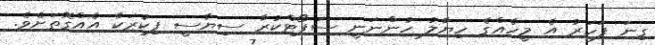
ގިނަ ފަހަރު އެ މީހެއްގެ ހިޔާލު ހުންނަނީ ސަޕޯޓްކުރާ ސިޔާސީ ފިކުރަކާ އެއްގޮތަށެވެ.